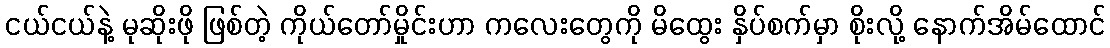
ငယ်ငယ်နဲ့ မုဆိုးဖို ဖြစ်တဲ့ ကိုယ်တော်မှိုင်းဟာ ကလေးတွေကို မိထွေး နှိပ်စက်မှာ စိုးလို့ နောက်အိမ်ထောင်